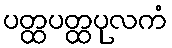
ပတ္ထပတ္ထပုလကံ